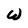
Character: W